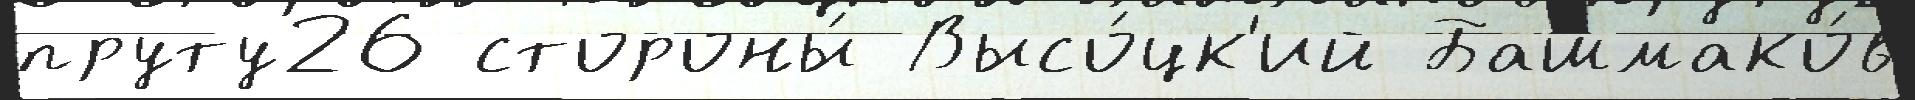
пруту26 стороны́ Высо́цк'ий Башмако́в